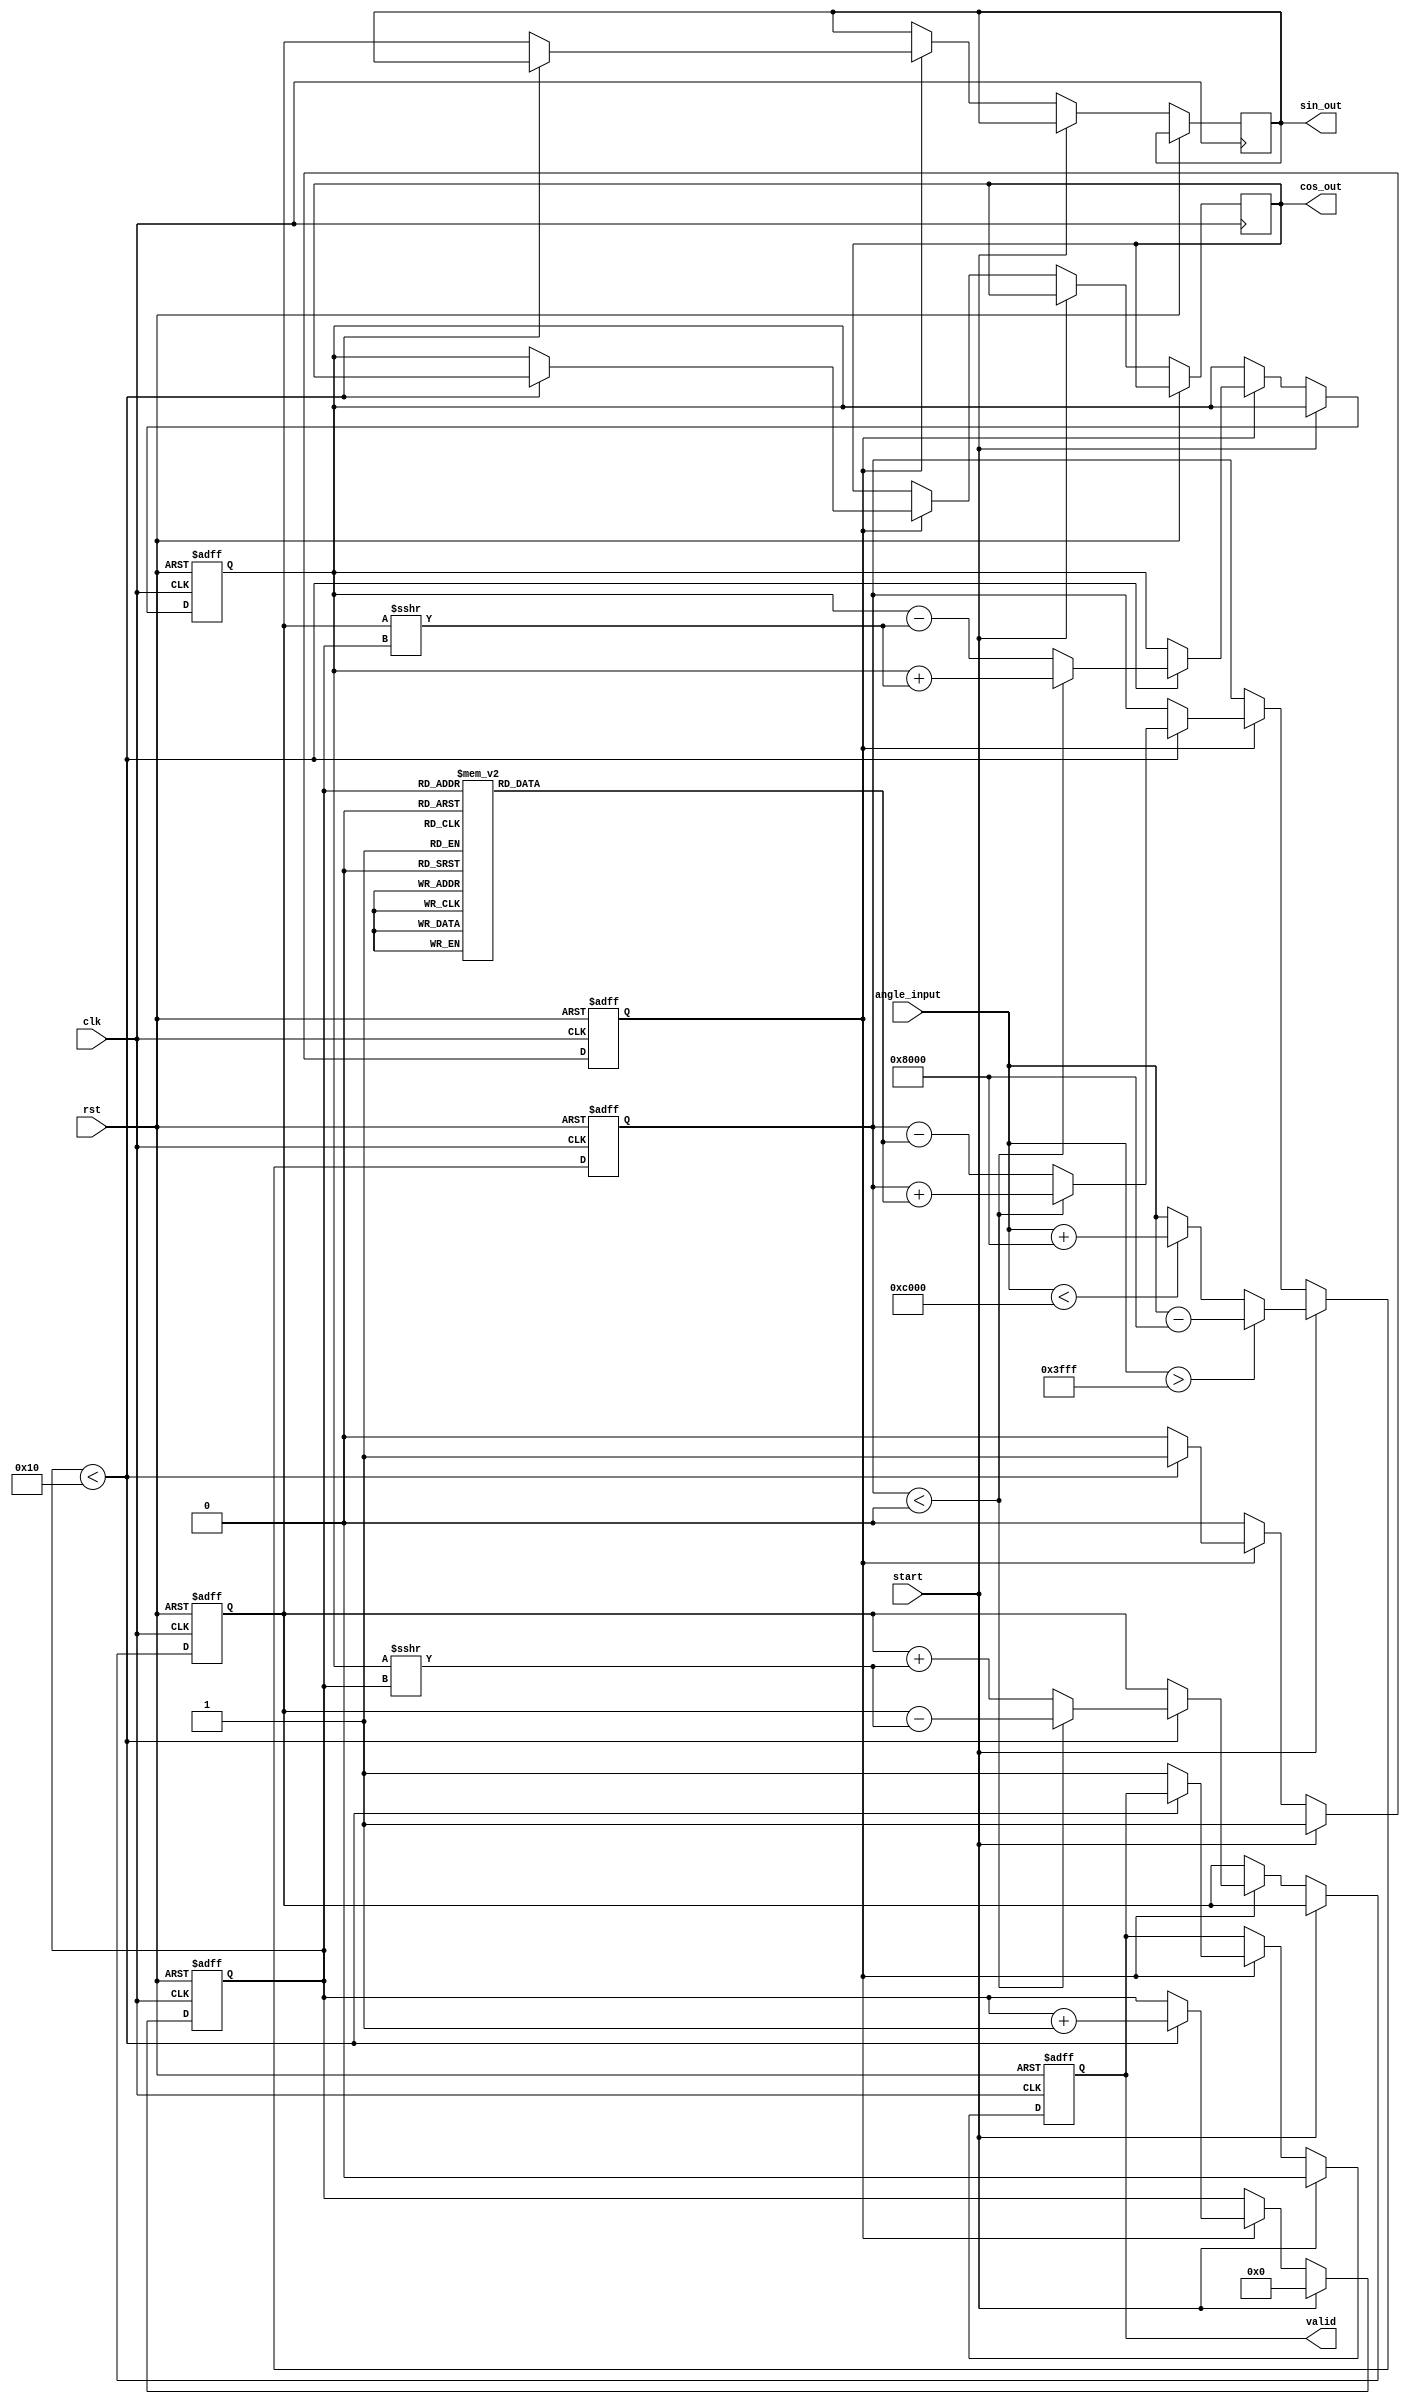
module cordic (
    input wire clk,
    input wire rst,
    input wire [15:0] angle_input, // Input angle in fixed-point format
    input wire start,               // Start signal for computation
    output reg [15:0] sin_out,      // Sine output in fixed-point format
    output reg [15:0] cos_out,      // Cosine output in fixed-point format
    output reg valid                // Output valid signal
);

    // Parameters
    parameter N = 16; // Number of iterations
    parameter LUT_SIZE = N; // Size of LUT

    // Pre-computed arctangent values (in fixed-point format)
    reg [15:0] atan_table [0:LUT_SIZE-1];

    // Internal registers
    reg [15:0] x, y, z; // x, y coordinates and angle z
    reg [3:0] iter;     // Iteration counter
    reg compute;        // Compute flag

    // Initialization of LUT with pre-computed arctangent values
    initial begin
        atan_table[0] = 16'h2000; // atan(1) = /4 in fixed-point
        atan_table[1] = 16'h1400; // atan(0.5) = /6 in fixed-point
        atan_table[2] = 16'h0A00; // atan(0.25) = /12 in fixed-point
        // Add more values as needed...
    end

    // Angle normalization
    function [15:0] normalize_angle(input [15:0] angle);
        begin
            if (angle > 16'h3FFF) // If angle > 
                normalize_angle = angle - 16'h8000; // Normalize to [-, ]
            else if (angle < -16'h4000) // If angle < -
                normalize_angle = angle + 16'h8000; // Normalize to [-, ]
            else
                normalize_angle = angle;
        end
    endfunction

    // FSM for CORDIC computation
    always @(posedge clk or posedge rst) begin
        if (rst) begin
            iter <= 0;
            compute <= 0;
            valid <= 0;
            x <= 16'h4000; // Initial x = 1.0 in fixed-point
            y <= 16'h0000; // Initial y = 0.0 in fixed-point
            z <= 0;        // Initial angle z = 0
        end else if (start) begin
            z <= normalize_angle(angle_input); // Normalize input angle
            iter <= 0;
            compute <= 1;
            valid <= 0;
        end else if (compute) begin
            if (iter < N) begin
                if (z < 0) begin
                    // Counter-clockwise rotation
                    x <= x + (y >>> iter);
                    y <= y - (x >>> iter);
                    z <= z + atan_table[iter];
                end else begin
                    // Clockwise rotation
                    x <= x - (y >>> iter);
                    y <= y + (x >>> iter);
                    z <= z - atan_table[iter];
                end
                iter <= iter + 1;
            end else begin
                // Final output after iterations
                sin_out <= y;
                cos_out <= x;
                valid <= 1;
                compute <= 0; // End computation
            end
        end
    end
endmodule